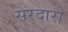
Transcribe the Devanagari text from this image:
सरदारो